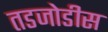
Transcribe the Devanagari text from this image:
तडजोडीस